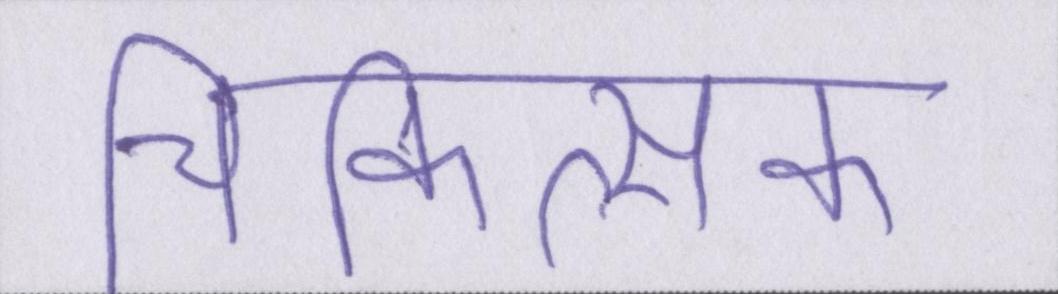
चिकित्सक